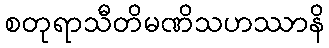
စတုရာသီတိမဏိသဟဿာနိ